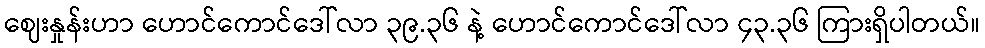
ဈေးနှုန်းဟာ ဟောင်ကောင်ဒေါ်လာ ၃၉.၃၆ နဲ့ ဟောင်ကောင်ဒေါ်လာ ၄၃.၃၆ ကြားရှိပါတယ်။